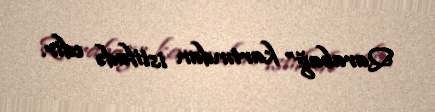
Qarabağ” kartından istifadə edir.